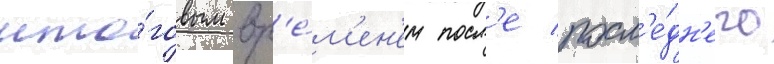
ито́говым вр'е́м'ен'ем посл'е посл'е́дн'его